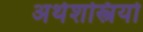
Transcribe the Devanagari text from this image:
अर्थशस्त्रियो